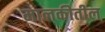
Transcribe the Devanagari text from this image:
मालकीतील